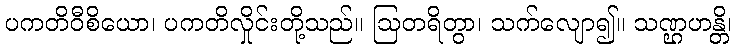
ပကတိဝီစိယော၊ ပကတိလှိုင်းတို့သည်။ ဩတရိတွာ၊ သက်လျော၍။ သဏ္ဌဟန္တိ၊